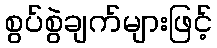
စွပ်စွဲချက်များဖြင့်